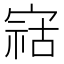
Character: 𫳫